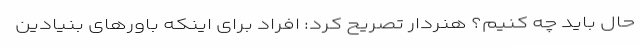
حال باید چه کنیم؟ هنردار تصریح کرد: افراد برای اینکه باورهای بنیادین